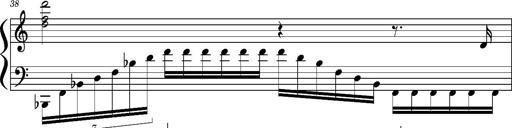
Title: Concerto sans orchestre, S.524a
Composer: Franz Liszt
Key: A major